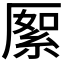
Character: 𠪓